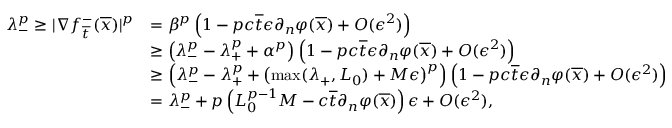
\begin{array} { r l } { \lambda _ { - } ^ { p } \geq | \nabla f _ { \overline { { t } } } ^ { - } ( \overline { { x } } ) | ^ { p } } & { = \beta ^ { p } \left( 1 - p c \overline { { t } } \epsilon \partial _ { n } \varphi ( \overline { { x } } ) + O ( \epsilon ^ { 2 } ) \right) } \\ & { \geq \left( \lambda _ { - } ^ { p } - \lambda _ { + } ^ { p } + \alpha ^ { p } \right) \left( 1 - p c \overline { { t } } \epsilon \partial _ { n } \varphi ( \overline { { x } } ) + O ( \epsilon ^ { 2 } ) \right) } \\ & { \ge \left( \lambda _ { - } ^ { p } - \lambda _ { + } ^ { p } + \left( \operatorname* { m a x } ( \lambda _ { + } , L _ { 0 } ) + M \epsilon \right) ^ { p } \right) \left( 1 - p c \overline { { t } } \epsilon \partial _ { n } \varphi ( \overline { { x } } ) + O ( \epsilon ^ { 2 } ) \right) } \\ & { = \lambda _ { - } ^ { p } + p \left( L _ { 0 } ^ { p - 1 } M - c \overline { { t } } \partial _ { n } \varphi ( \overline { { x } } ) \right) \epsilon + O ( \epsilon ^ { 2 } ) , } \end{array}